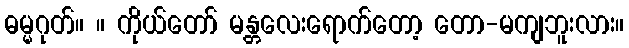
ဓမ္မဂုတ်။ ။ ကိုယ်တော် မန္တလေးရောက်တော့ တော-မကျဘူးလား။